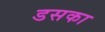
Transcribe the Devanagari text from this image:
डसका